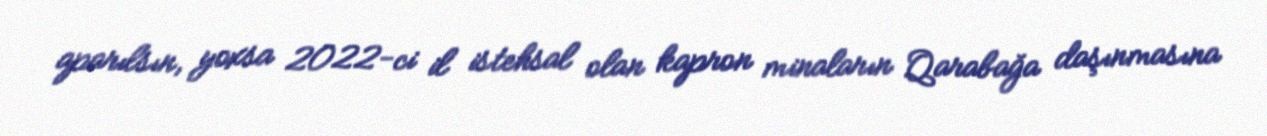
aparılsın, yoxsa 2022-ci il istehsal olan kapron minaların Qarabağa daşınmasına